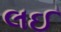
લઈ